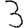
Digit: 3